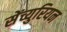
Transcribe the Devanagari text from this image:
सेंच्युरियन